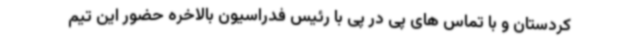
کردستان و با تماس های پی در پی با رئیس فدراسیون بالاخره حضور این تیم